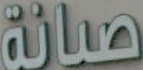
صيانة